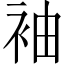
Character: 袖